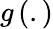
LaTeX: g\left(.\right)